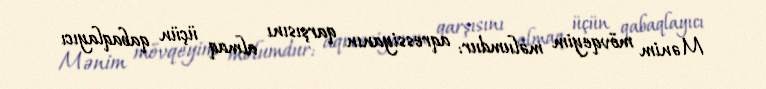
Mənim mövqeyim məlumdur: aqressiyanın qarşısını almaq üçün qabaqlayıcı